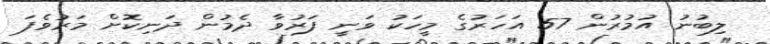
ލިބުނު އުމުރުން 57 އަހަރުގެ މީހަކު ވަނީ ފަރުވާ ދެމުން ދަނިކޮށް މަރުވެފަ